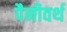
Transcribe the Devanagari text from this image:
पैनीवर्थ